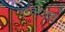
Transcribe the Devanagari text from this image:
उर्ध्वरतस